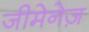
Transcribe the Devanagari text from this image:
जीमेनेज़